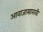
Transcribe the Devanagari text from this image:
आवाजासारखी